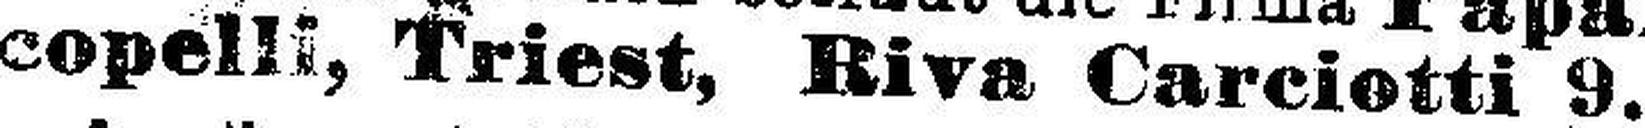
copelli, Triest, Riva Carciotti 9.